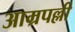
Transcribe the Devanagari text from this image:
आम्रपल्ली